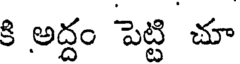
కి అద్దం పెట్టి చూ